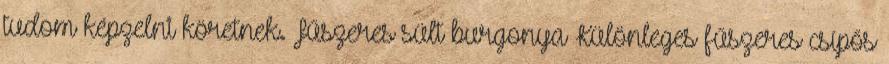
tudom képzelni köretnek. Fűszeres sült burgonya Különleges fűszeres csípős